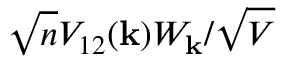
\sqrt { n } V _ { 1 2 } ( \mathbf { k } ) W _ { \mathbf { k } } / \sqrt { V }